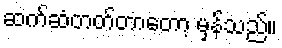
ဆက်ဆံတတ်တာတော့ မှန်သည်။